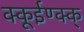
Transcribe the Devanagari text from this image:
क्कूईण्क्क्